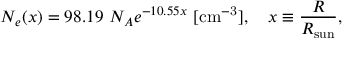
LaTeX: N _ { e } ( x ) = 9 8 . 1 9 ~ N _ { A } e ^ { - 1 0 . 5 5 x } ~ [ { \mathrm { c m ^ { - 3 } } } ] , \quad x \equiv \frac { R } { R _ { \mathrm { s u n } } } ,